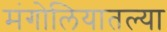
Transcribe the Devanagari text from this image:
मंगोलियातल्या